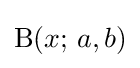
\mathrm {B} (x;\,a,b)